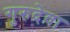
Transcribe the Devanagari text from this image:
गुरुदेवा